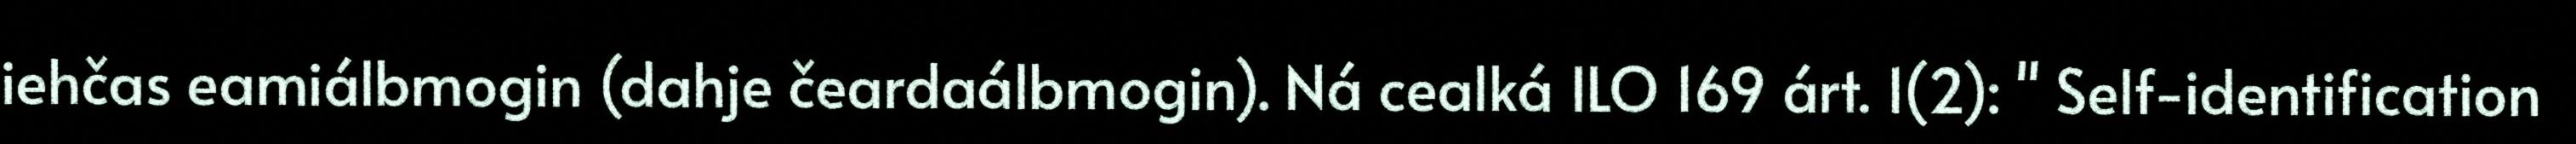
iehčas eamiálbmogin (dahje čeardaálbmogin). Ná cealká ILO 169 árt. 1(2): " Self-identification